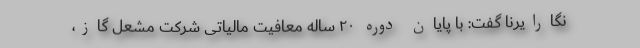
نگارایرنا گفت: با پایان دوره ۲۰ ساله معافیت مالیاتی شرکت مشعل گاز،